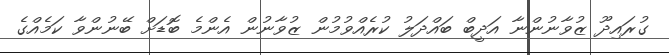
ގުރައިދޫ ޒުވާނުންނާ އަދީބް ބައްދަލު ކުރެއްވުމުން ޒުވާނުން އެންމެ ބޮޑަށް ބޭނުންވާ ކަމެއްގެ